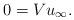
LaTeX: \begin{align*}0 = V u_{\infty}.\end{align*}